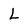
Character: L